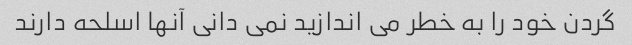
گردن خود را به خطر می اندازید نمی دانی آنها اسلحه دارند